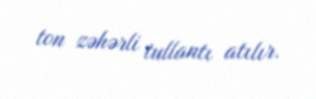
ton zəhərli tullantı atılır.